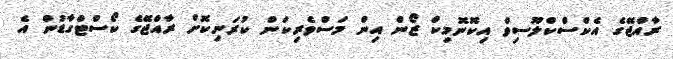
ރާއްޖޭގެ އެކްސްކްލޫސިވް އިކޮނޮމިކް ޒޯން އިން މަސްވެރިކަން ކުރަނިކޮށް ރާއްޖޭގެ ކޯސްޓްގާޑުން އެ